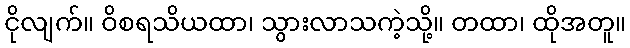
ငိုလျက်။ ဝိစရသိယထာ၊ သွားလာသကဲ့သို့။ တထာ၊ ထိုအတူ။